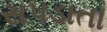
સપડાતા